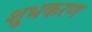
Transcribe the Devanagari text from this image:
शुभकरण